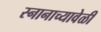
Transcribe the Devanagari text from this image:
स्नानाच्यावेळी